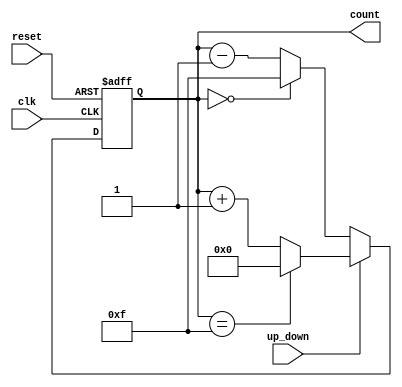
module up_down_counter (
    input wire clk,          // Clock input
    input wire up_down,      // Up/Down control signal
    input wire reset,        // Asynchronous reset signal
    output reg [3:0] count   // 4-bit output count (adjust width as needed)
);

    // Maximum count value (for 4-bit counter, max is 15)
    localparam MAX_COUNT = 4'b1111;

    always @(posedge clk or posedge reset) begin
        if (reset) begin
            count <= 4'b0000; // Reset count to 0
        end else begin
            if (up_down) begin
                // Count up
                if (count == MAX_COUNT) begin
                    count <= 4'b0000; // Wrap around to 0
                end else begin
                    count <= count + 1; // Increment count
                end
            end else begin
                // Count down
                if (count == 4'b0000) begin
                    count <= MAX_COUNT; // Wrap around to max count
                end else begin
                    count <= count - 1; // Decrement count
                end
            end
        end
    end

endmodule